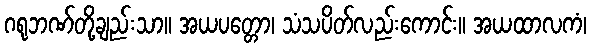
ဂရုဘဏ်တို့ချည်းသာ။ အယပတ္တော၊ သံသပိတ်လည်းကောင်း။ အယထာလကံ၊